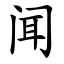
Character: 闻